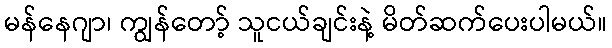
မန်နေဂျာ၊ ကျွန်တော့် သူငယ်ချင်းနဲ့ မိတ်ဆက်ပေးပါမယ်။